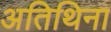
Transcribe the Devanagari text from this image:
अतिथिना